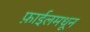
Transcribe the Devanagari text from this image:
फ़ाईलमधून